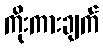
ကိုးကားချက်